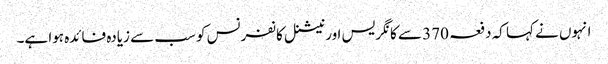
انہوں نے کہا کہ دفعہ 370 سے کانگریس اور نیشنل کانفرنس کو سب سے زیادہ فائدہ ہوا ہے۔